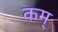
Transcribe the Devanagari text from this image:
कम्‌